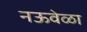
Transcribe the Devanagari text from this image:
नऊवेळा